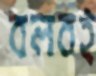
বলবই